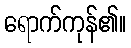
ရောက်ကုန်၏။